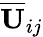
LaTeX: \overline{{\mathbf{U}}}_{ij}